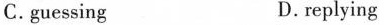
C. guessing D. replying